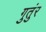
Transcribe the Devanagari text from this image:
गुतुंर